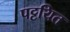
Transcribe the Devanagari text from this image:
पट्टयित